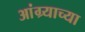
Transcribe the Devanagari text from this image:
आंग्र्याच्या